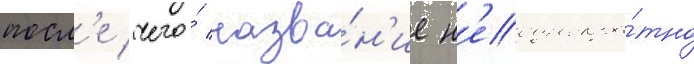
посл'е чего́ назва́н'ие н'еоднокра́тно